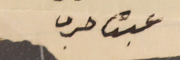
عبده حرب